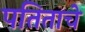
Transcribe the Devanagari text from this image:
पतिताचे